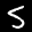
Label: 5